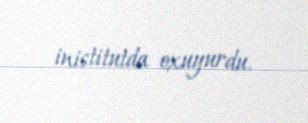
inistitutda oxuyurdu.